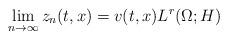
LaTeX: \begin{align*} \lim_{n \to \infty} z_n(t,x) = v(t,x) L^r(\Omega;H) \end{align*}